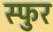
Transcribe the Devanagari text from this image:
स्‍फुर